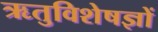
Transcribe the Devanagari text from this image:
ऋतुविशेषज्ञों